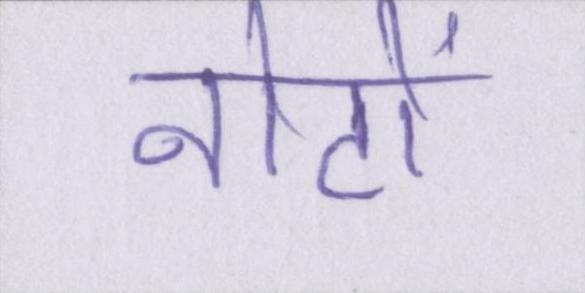
नोटों